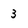
Character: 3